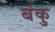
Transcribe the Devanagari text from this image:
बंकु